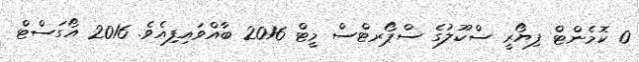
0 ކޮމެންޓް ފިޔޯރީ ސްކޫލުގެ ސްޕޯރޓްސް މީޓް 2016 ބާއްވައިފިއެވެ. 2016 އޯގަސްޓް